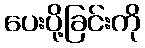
ပေးပို့ခြင်းကို